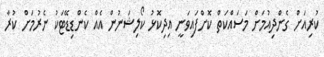
ކުރިއަށް ގެންދިއުމަށް މަސައްކަތް ކޮށްފައިވަނީ އިދިކޮޅު ކޯލިޝަނުން އެއް ކެންޑިޑޭޓަކު ނެރުމަށް ކުރާ